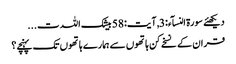
دیکھئے سورۃ النسآء:3 , آیت:58 بیشک اللہ ت...
قران کے نسخے کن ہاتھوں سے ہمارے ہاتھوں تک پہنچے؟